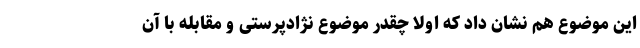
این موضوع هم نشان داد که اولا چقدر موضوع نژادپرستی و مقابله با آن